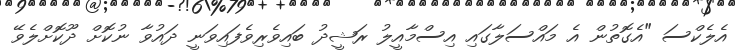
އެލެކްސަ "އެގޮތުން އެ މައްސަލާގައި އިސްމާއީލު ރަޝީދު ބައިވެރިވެފައިވަނީ ދައުވާ ނުކޮށް ދޫކޮށްލެވޭ